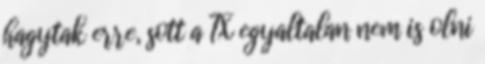
hagytak erre, sott a TX egyaltalan nem is olni